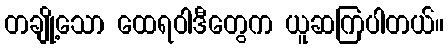
တချို့သော ထေရဝါဒီတွေက ယူဆကြပါတယ်။